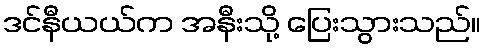
ဒင်နီယယ်က အနီးသို့ ပြေးသွားသည်။